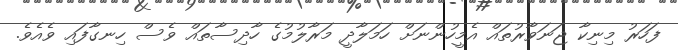
ފަހަރު މިނިކާ ޖަނަވާރުތައް އެމީހުންނަށް ހަމަލާދީ މަރާލުމުގެ ހާދިސާތައް ވެސް ހިނގާފައި ވެއެވެ.